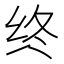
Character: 终